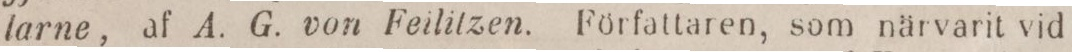
larne, af A. G. von Feilitzen. Författaren, som närvarit vid